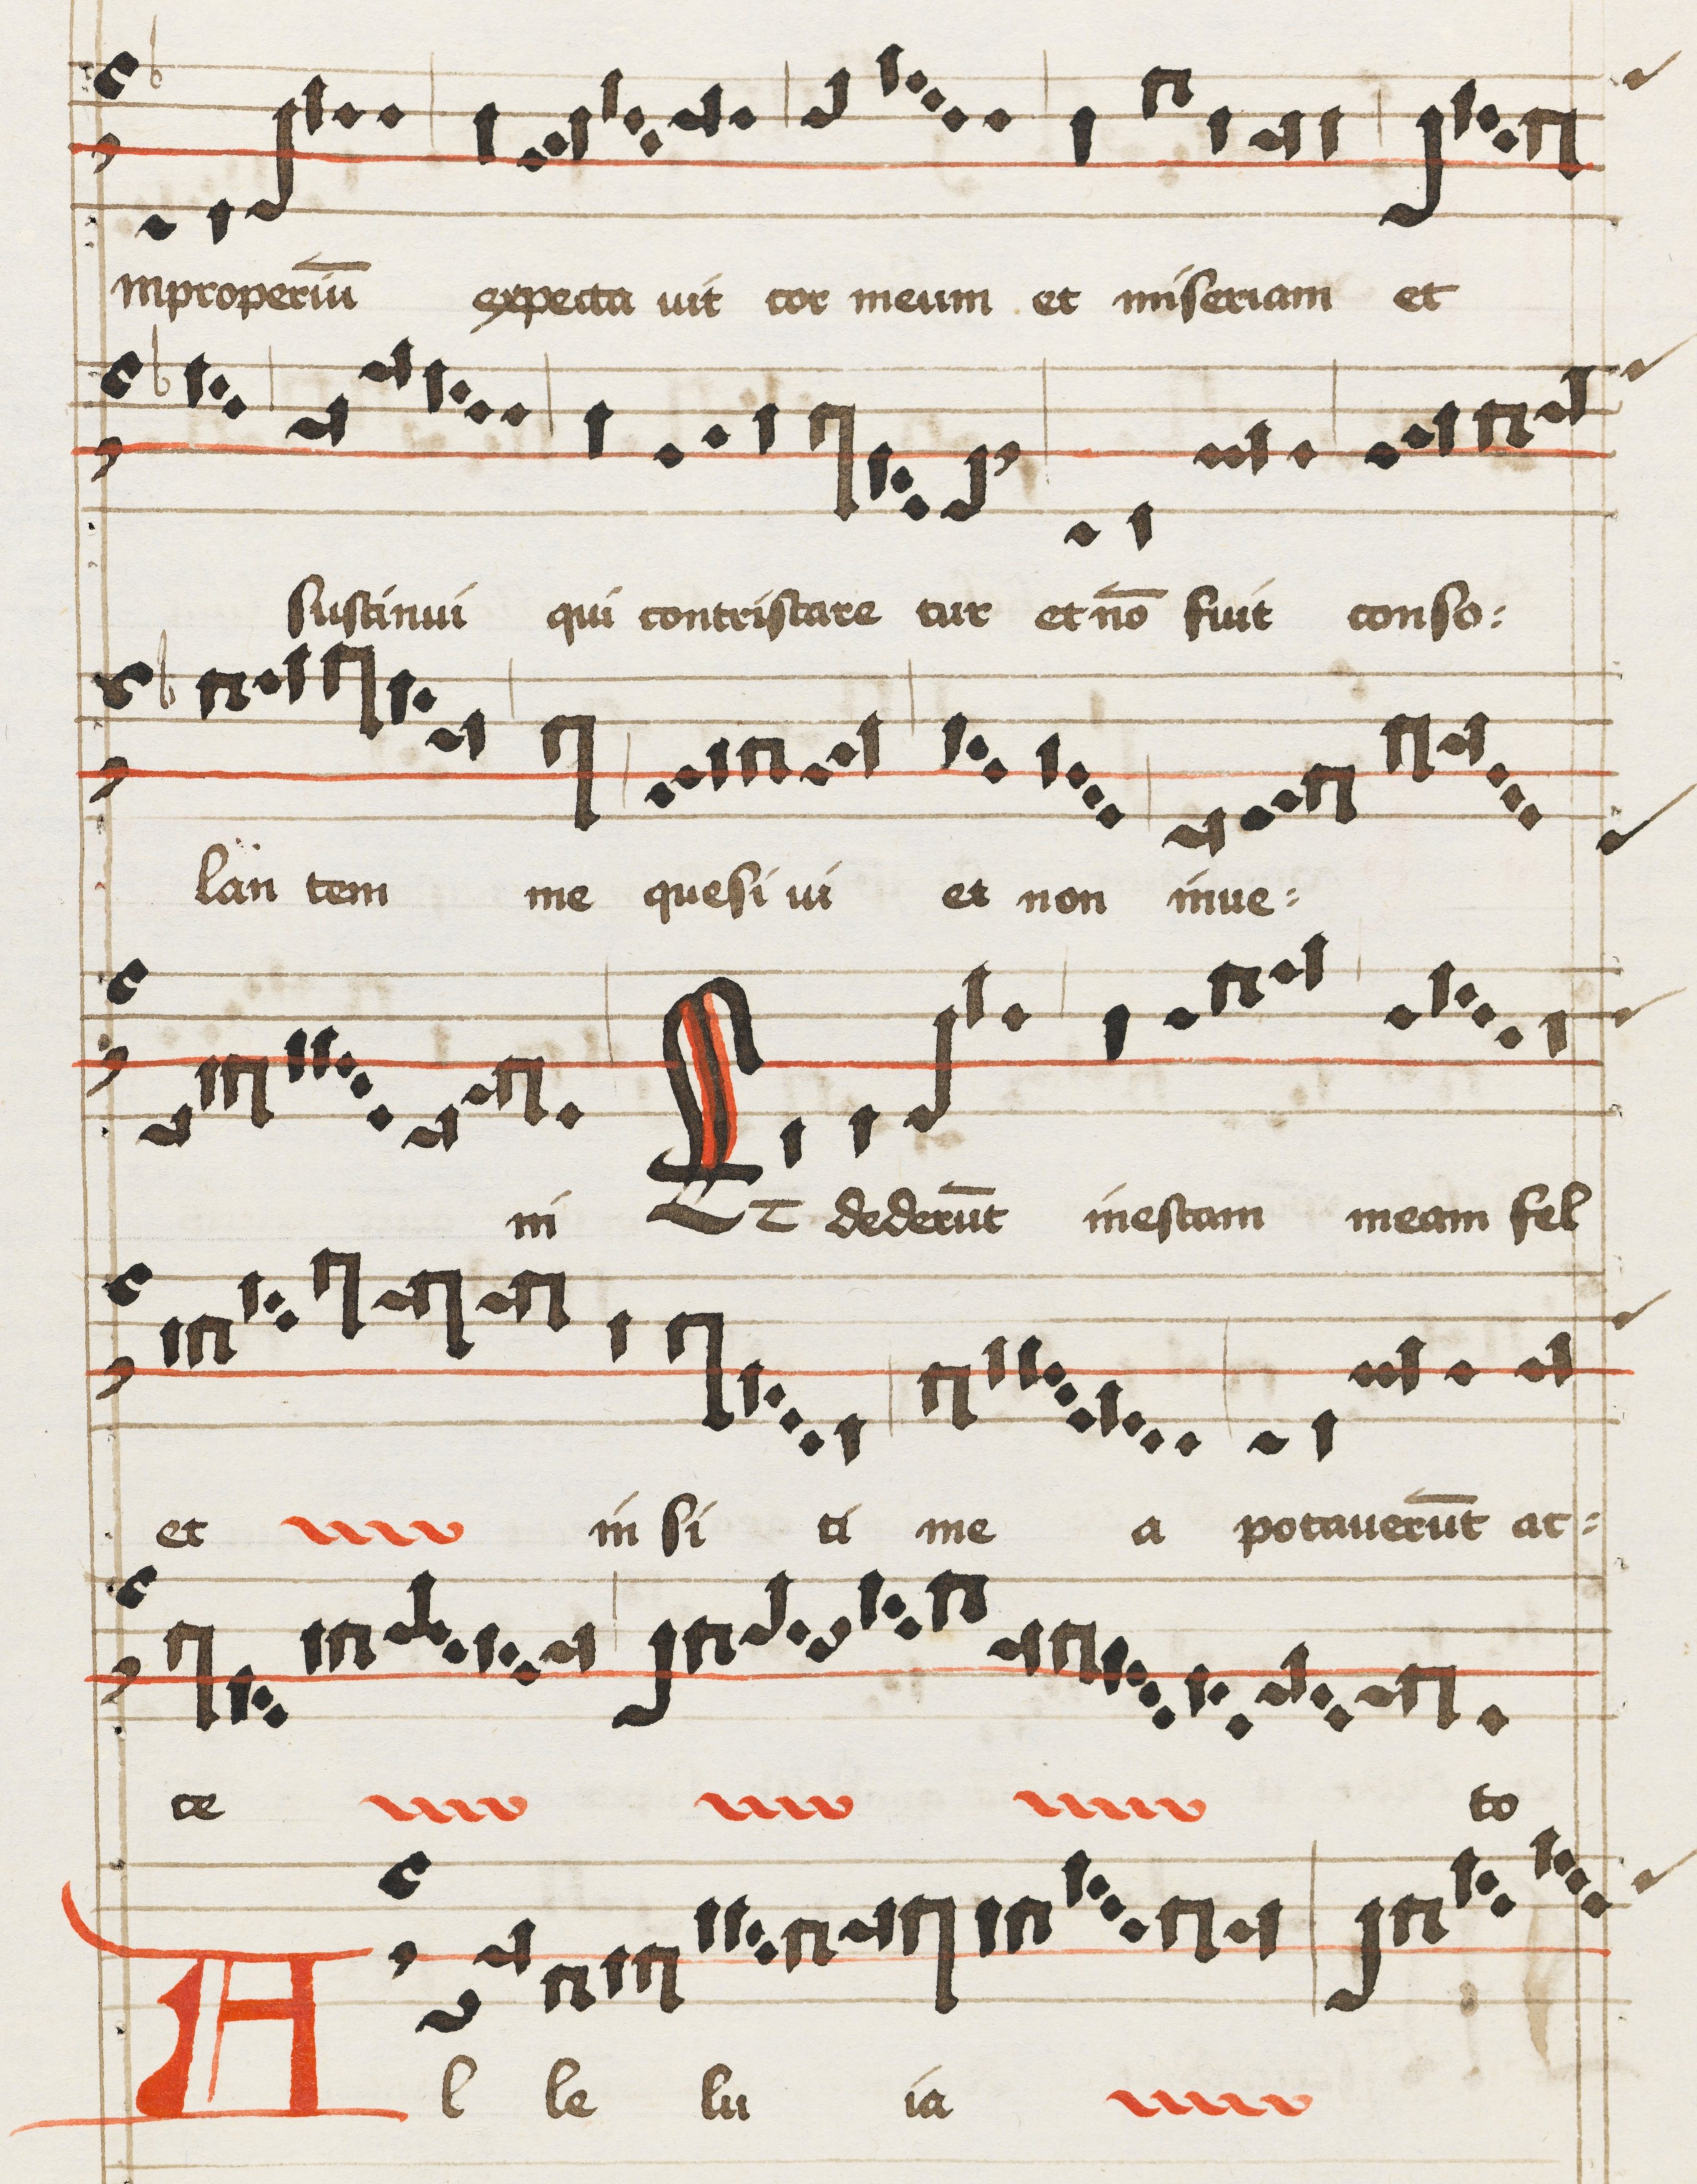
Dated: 1475–1499